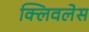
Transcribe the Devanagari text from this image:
क्लिवलेस